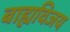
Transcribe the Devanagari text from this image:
बाह्यविजय